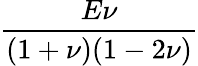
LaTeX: \frac{E\nu}{(1+\nu)(1-2\nu)}